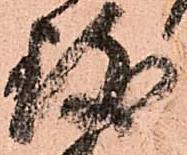
致